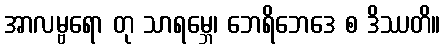
အာလမ္ဗရော တု သာရမ္ဘေ၊ ဘေရိဘေဒေ စ ဒိဿတိ။